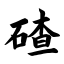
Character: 碴